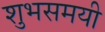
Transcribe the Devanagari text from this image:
शुभसमयी